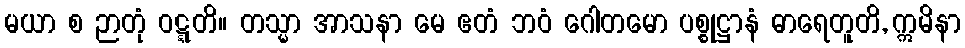
မယာ စ ဉာတုံ ဝဋ္ဋတိ။ တသ္မာ အာသနာ မေ ဧတံ ဘဝံ ဂေါတမော ပစ္စုဋ္ဌာနံ ဓာရေတူတိ, ဣမိနာ